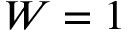
W = 1